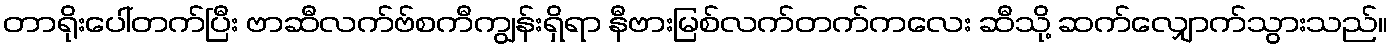
တာရိုးပေါ်တက်ပြီး ဗာဆီလက်ဗ်စကီကျွန်းရှိရာ နီဗားမြစ်လက်တက်ကလေး ဆီသို့ ဆက်လျှောက်သွားသည်။